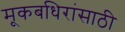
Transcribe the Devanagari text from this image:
मूकबधिरांसाठी